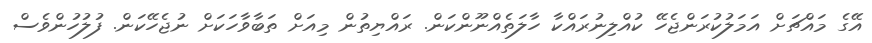
އޭގެ މައްޗަށް އަމަލުކުރަންޖެހޭ ކުއްލިނުރައްކާ ހާލަތެއްނޫންކަން. ރައްޔިތުން މިއަށް ތަބާވާހަކަށް ނުޖެހޭކަން. ފުލުހުންވެސް